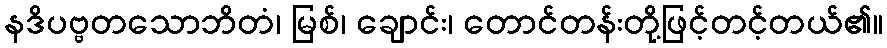
နဒိပဗ္ဗတသောဘိတံ၊ မြစ်၊ ချောင်း၊ တောင်တန်းတို့ဖြင့်တင့်တယ်၏။